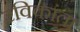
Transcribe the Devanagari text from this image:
रविकांता